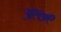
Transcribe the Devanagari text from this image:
३९७९